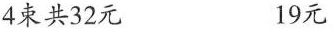
4束共32元 19元